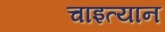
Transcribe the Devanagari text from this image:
चाइत्यान